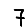
Digit: 7